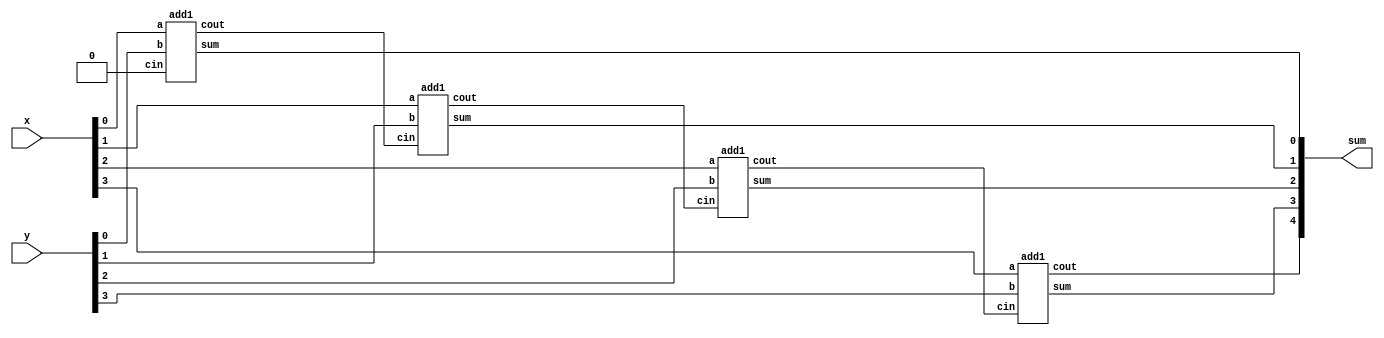
module top_module (
    input [3:0] x,
    input [3:0] y, 
    output [4:0] sum
);

wire [2:0] w;

genvar i;

generate
    for (i = 0 ; i < 4; i = i + 1) begin: adder_block
        if (i == 0) begin
            add1 add1_inst1(
                 .a    (x[i])
                ,.b    (y[i])
                ,.cin  (1'b0)
                ,.sum  (sum[i])
                ,.cout (w[i])
            );
        end else if (i == 3) begin
            add1 add1_inst2(
                 .a    (x[i])
                ,.b    (y[i])
                ,.cin  (w[i-1])
                ,.sum  (sum[i])
                ,.cout (sum[i+1])
            );
        end else begin
            add1 add1_inst0(
                 .a    (x[i])
                ,.b    (y[i])
                ,.cin  (w[i-1])
                ,.sum  (sum[i])
                ,.cout (w[i])
            );
        end
    end
endgenerate

endmodule

module add1 ( input a, input b, input cin, output sum, output cout );

// Full adder module here
assign sum  = a ^ b ^ cin;
assign cout = (a & b & !cin) | (a & !b & cin) | (!a & b & cin) | (a & b & cin);

endmodule